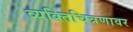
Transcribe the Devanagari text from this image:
व्यक्तिचित्रणावर